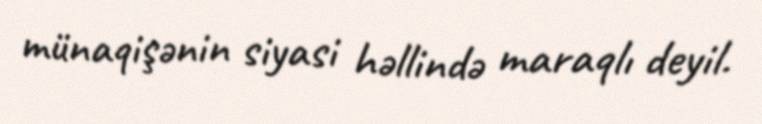
münaqişənin siyasi həllində maraqlı deyil.